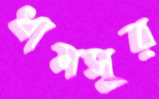
ধামসুর